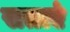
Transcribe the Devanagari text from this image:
सताएं